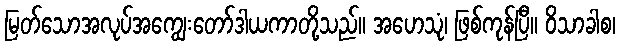
မြတ်သောအလုပ်အကျွေးတော်ဒါယကာတို့သည်။ အဟေသုံ၊ ဖြစ်ကုန်ပြီ။ ဝိသာခါစ၊